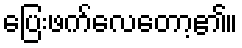
ပြေးဖက်လေတော့၏။